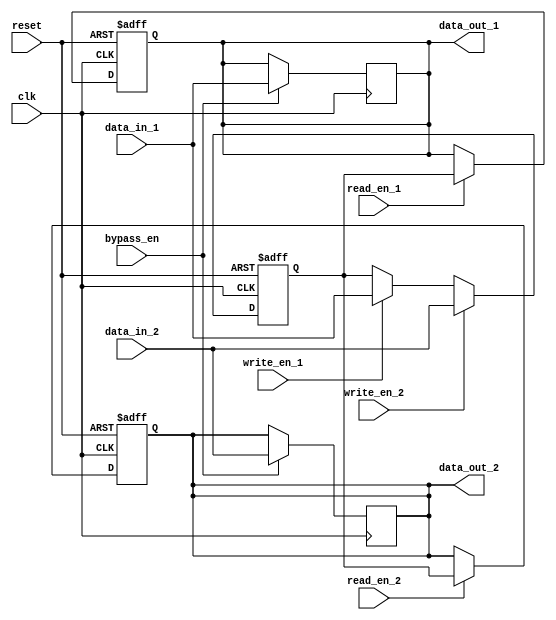
module DualPortBypassRegister(
    input wire clk,
    input wire reset,
    input wire [7:0] data_in_1,
    input wire [7:0] data_in_2,
    input wire write_en_1,
    input wire write_en_2,
    input wire read_en_1,
    input wire read_en_2,
    input wire bypass_en,
    output reg [7:0] data_out_1,
    output reg [7:0] data_out_2
);

reg [7:0] register_data;

always @ (posedge clk or posedge reset) begin
    if (reset) begin
        register_data <= 8'b0;
    end else begin
        if (write_en_1) begin
            register_data <= data_in_1;
        end
        if (write_en_2) begin
            register_data <= data_in_2;
        end
    end
end

always @ (posedge clk or posedge reset) begin
    if (reset) begin
        data_out_1 <= 8'b0;
        data_out_2 <= 8'b0;
    end else begin
        if (read_en_1) begin
            data_out_1 <= register_data;
        end
        if (read_en_2) begin
            data_out_2 <= register_data;
        end
    end
end

always @ (posedge clk) begin
    if (bypass_en) begin
        data_out_1 <= data_in_1;
        data_out_2 <= data_in_2;
    end
end

endmodule